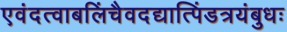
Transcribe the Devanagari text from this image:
एवंदत्वाबलिंचैवदद्यात्पिंडत्रयंबुधः